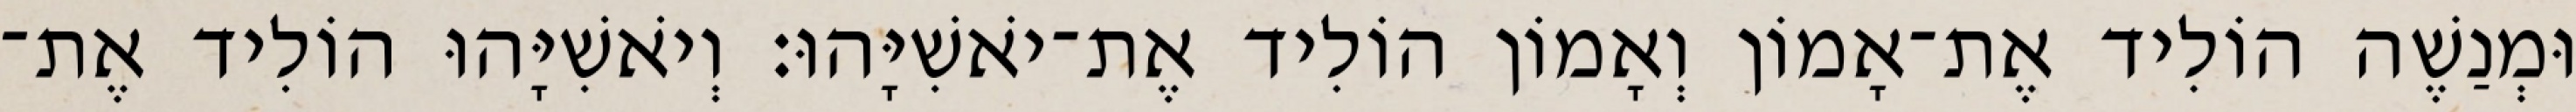
וּמְנַשֶׁה הוֹלִיד אֶת־אָמוֹן וְאָמוֹן הוֹלִיד אֶת־יֹאשִׁיָּהוּ׃ וְיֹאשִׁיָּהוּ הוֹלִיד אֶת־